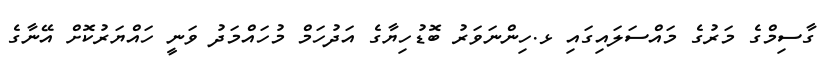
ގާސިމްގެ މަރުގެ މައްސަލައިގައި ޅ.ހިންނަވަރު ބޮޑުހިޔާގެ އަދުހަމް މުހައްމަދު ވަނީ ހައްޔަރުކޮށް އޭނާގެ